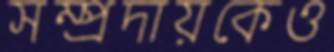
সম্প্রদায়কেও